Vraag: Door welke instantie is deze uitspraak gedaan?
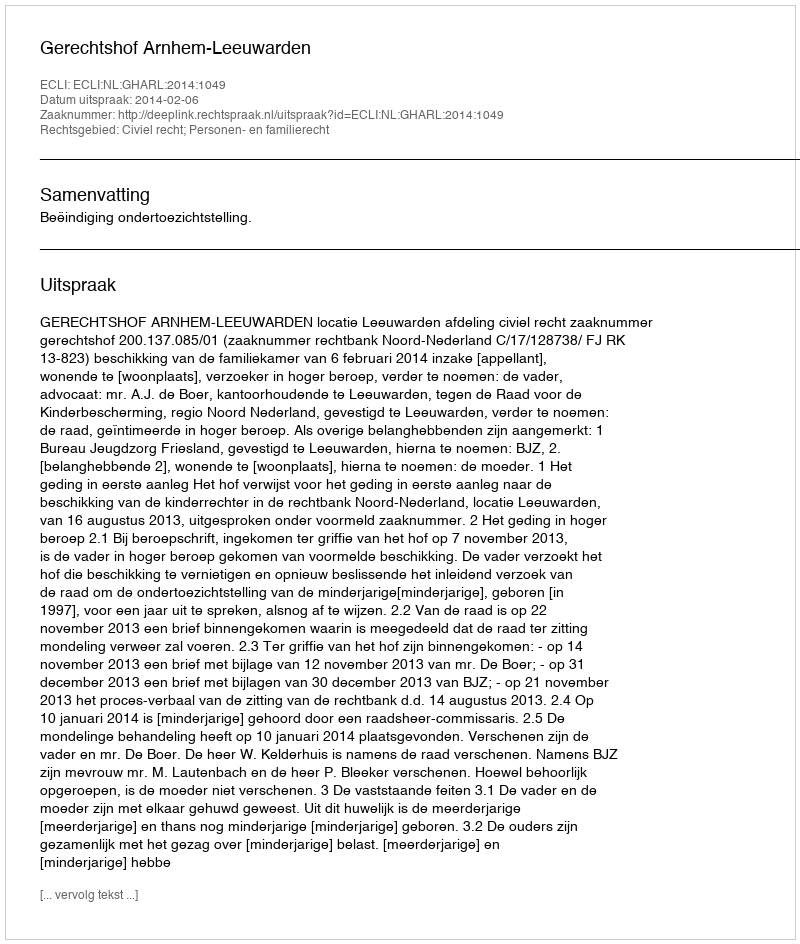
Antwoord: Gerechtshof Arnhem-Leeuwarden